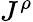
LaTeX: J^{\rho}